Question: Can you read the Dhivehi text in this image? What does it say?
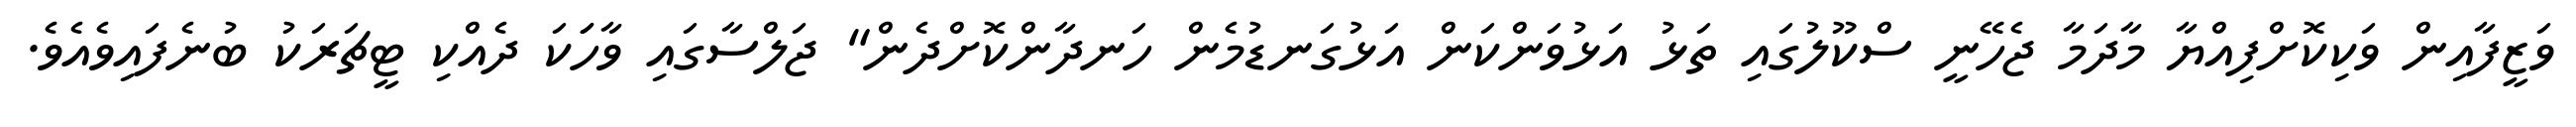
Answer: ވަޒީފާއިން ވަކިކޮށްފިއްޔާ މާދަމާ ޖެހޭނީ ސްކޫލުގައި ތަޅު އަޅުވަންކަން އަޅުގަނޑުމެން ހަނދާންކޮށްދެން" ޖަލްސާގައި ވާހަަކަ ދެއްކި ޓީޗަރަކު ބުނެފައިވެއެވެ.